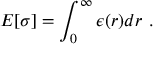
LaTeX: E [ \sigma ] = \int _ { 0 } ^ { \infty } \epsilon ( r ) d r \, \, .